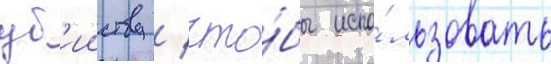
уб'ииству / что́бы испо́льзовать